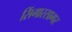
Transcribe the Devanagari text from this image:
सिंगारसागर